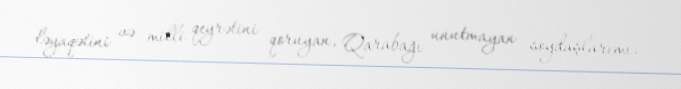
ləyaqətini və milli qeyrətini qoruyan, Qarabağı unutmayan soydaşlarımı.